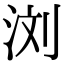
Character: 浏